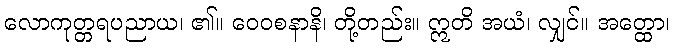
လောကုတ္တရပညာယ၊ ၏။ ဝေဝစနာနိ၊ တို့တည်း။ ဣတိ အယံ၊ လျှင်။ အတ္ထော၊